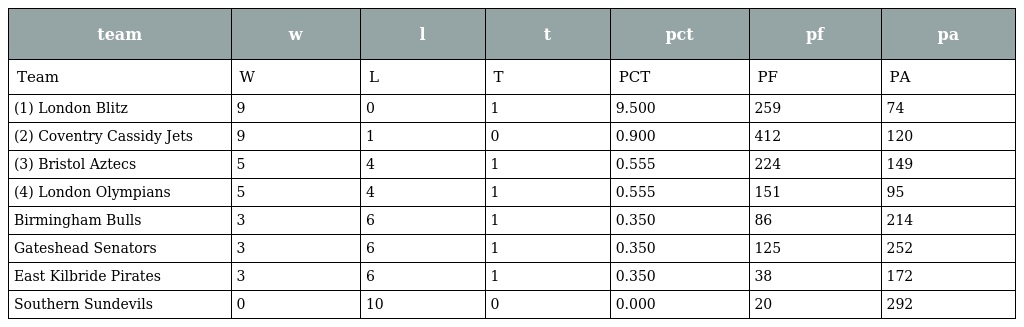
| team | w | l | t | pct | pf | pa |
 | --- | --- | --- | --- | --- | --- | --- |
 | Team | W | L | T | PCT | PF | PA |
 | (1) London Blitz | 9 | 0 | 1 | 9.500 | 259 | 74 |
 | (2) Coventry Cassidy Jets | 9 | 1 | 0 | 0.900 | 412 | 120 |
 | (3) Bristol Aztecs | 5 | 4 | 1 | 0.555 | 224 | 149 |
 | (4) London Olympians | 5 | 4 | 1 | 0.555 | 151 | 95 |
 | Birmingham Bulls | 3 | 6 | 1 | 0.350 | 86 | 214 |
 | Gateshead Senators | 3 | 6 | 1 | 0.350 | 125 | 252 |
 | East Kilbride Pirates | 3 | 6 | 1 | 0.350 | 38 | 172 |
 | Southern Sundevils | 0 | 10 | 0 | 0.000 | 20 | 292 |